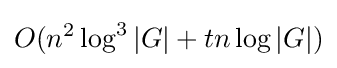
O(n^{2}\log ^{3}|G|+tn\log |G|)